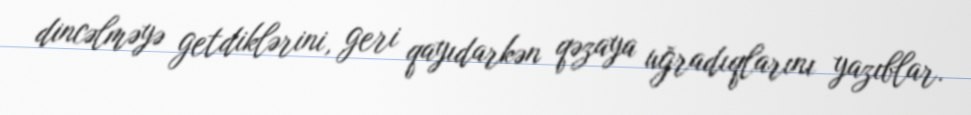
dincəlməyə getdiklərini, geri qayıdarkən qəzaya uğradıqlarını yazıblar.